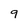
Character: 9